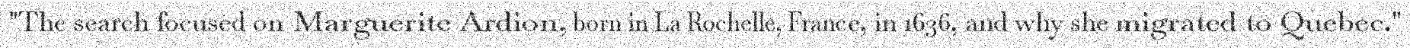
"The search focused on Marguerite Ardion, born in La Rochelle, France, in 1636, and why she migrated to Quebec."